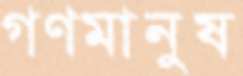
গণমানুষ